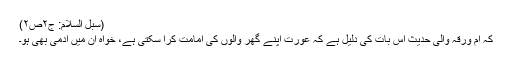
(سبل السلام: ج۲ص۲)
کہ ام ورقہ والی حدیث اس بات کی دلیل ہے کہ عورت اپنے گھر والوں کی امامت کرا سکتی ہے، خواہ ان میں آدمی بھی ہو۔